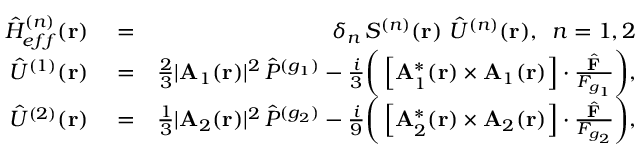
\begin{array} { r l r } { { \hat { H } } _ { e f f } ^ { ( n ) } ( { \bf r } ) } & { { } = } & { \delta _ { n } \, S ^ { ( n ) } ( { \bf r } ) \, \, { \hat { U } } ^ { ( n ) } ( { \bf r } ) , \, \, \, n = 1 , 2 } \\ { { \hat { U } } ^ { ( 1 ) } ( { \bf r } ) } & { { } = } & { \frac { 2 } { 3 } | { \bf A } _ { 1 } ( { \bf r } ) | ^ { 2 } \, { \hat { P } } ^ { ( g _ { 1 } ) } - \frac { i } { 3 } \bigg ( \left[ { \bf A } _ { 1 } ^ { * } ( { \bf r } ) \times { \bf A } _ { 1 } ( { \bf r } ) \right] \cdot \frac { \hat { \bf F } } { F _ { g _ { 1 } } } \bigg ) , } \\ { { \hat { U } } ^ { ( 2 ) } ( { \bf r } ) } & { { } = } & { \frac { 1 } { 3 } | { \bf A } _ { 2 } ( { \bf r } ) | ^ { 2 } \, { \hat { P } } ^ { ( g _ { 2 } ) } - \frac { i } { 9 } \bigg ( \left[ { \bf A } _ { 2 } ^ { * } ( { \bf r } ) \times { \bf A } _ { 2 } ( { \bf r } ) \right] \cdot \frac { { \hat { \bf F } } } { F _ { g _ { 2 } } } \bigg ) , } \end{array}